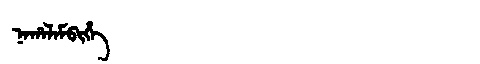
Manchu: ᠨᠠᡥᠠᠯᠠᠮᠪᡳᡥᡝ
Romanization: NAHALAMBIHE